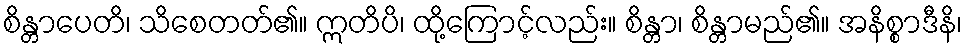
စိန္တာပေတိ၊ သိစေတတ်၏။ ဣတိပိ၊ ထို့ကြောင့်လည်း။ စိန္တာ၊ စိန္တာမည်၏။ အနိစ္စာဒီနိ၊